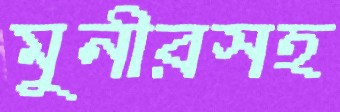
মুনীরসহ